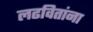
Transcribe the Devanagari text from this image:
लढवितांना